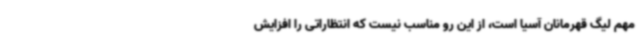
مهم لیگ قهرمانان آسیا است، از این رو مناسب نیست که انتظاراتی را افزایش